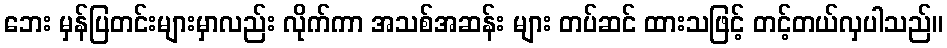
ဘေး မှန်ပြတင်းများမှာလည်း လိုက်ကာ အသစ်အဆန်း များ တပ်ဆင် ထားသဖြင့် တင့်တယ်လှပါသည်။